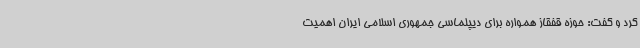
کرد و گفت: حوزه قفقاز همواره برای دیپلماسی جمهوری اسلامی ایران اهمیت